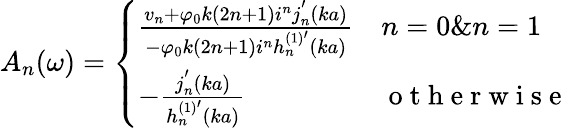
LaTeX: A_{n}(\omega)=\left\{ \begin{array}{ll}{\frac{v_{n}+\varphi_{0}k(2n+1)i^{n}j_{n}^{'}(ka)}{-\varphi_{0}k(2n+1)i^{n}h_{n}^{(1)^{\prime}}(ka)}}&{n=0\& n=1}\\ {-\frac{j_{n}^{'}(ka)}{h_{n}^{(1)^{\prime}}(ka)}}&{\mathrm{~o~t~h~e~r~w~i~s~e~}}\end{array}\right.